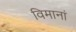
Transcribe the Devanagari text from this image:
विमानां